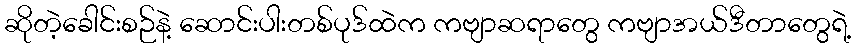
ဆိုတဲ့ခေါင်းစဉ်နဲ့ ဆောင်းပါးတစ်ပုဒ်ထဲက ကဗျာဆရာတွေ ကဗျာအယ်ဒီတာတွေရဲ့